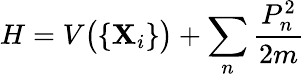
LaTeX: H=V{\bigl(}\{ \mathbf{X}_{i}\} {\bigr)}+\sum_{n}{\frac{{P_{n}^{2}}}{{2m}}}